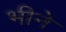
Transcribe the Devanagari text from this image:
भीने